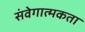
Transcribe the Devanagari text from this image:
संवेगात्मकता